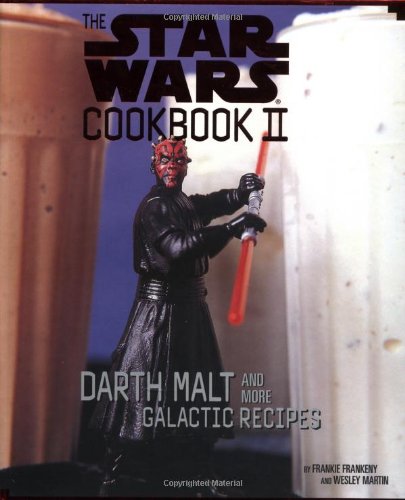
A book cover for The Star Wars Cookbook II -Darth Malt and More Galactic Recipes; Frankie Frankeny; Cookbooks, Food & Wine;